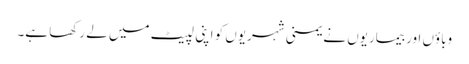
وباؤں اور بیماریوں نے یمنی شہریوں کو اپنی لپیٹ میں لے رکھا ہے۔